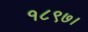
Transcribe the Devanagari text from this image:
१८९७।